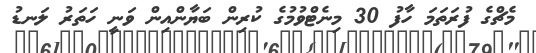
މެޗްގެ ފުރަތަމަ ހާފު 30 މިނެޓްވުމުގެ ކުރިން ބަޔާންއިން ވަނީ ހަތަރު ލަނޑު